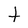
Character: t